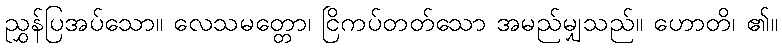
ညွှန်ပြအပ်သော။ လေသမတ္တော၊ ငြိကပ်တတ်သော အမည်မျှသည်။ ဟောတိ၊ ၏။